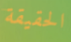
الحقيقة